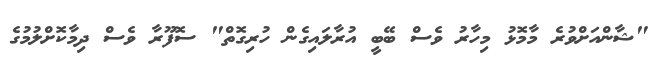
"ޝާންއަށްވުރެ މާމޮޅު މިހާރު ވެސް ބޭބީ އުރާލައިގެން ހުރިގޮތް" ސޮފޫރާ ވެސް ދިމާކޮށްލުމުގެ